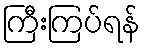
ကြီးကြပ်ရန်